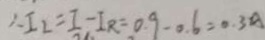
\therefore I _ { 2 } = I - I _ { R } = 0 . 9 - 0 . 6 = 0 . 3 A